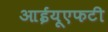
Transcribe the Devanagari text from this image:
आईयूएफटी